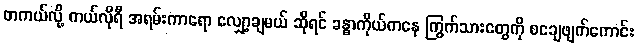
တကယ်လို့ ကယ်လိုရီ အရမ်းကာရော လျှော့ချမယ် ဆိုရင် ခန္ဓာကိုယ်ကနေ ကြွက်သားတွေကို စချေဖျက်ကောင်း